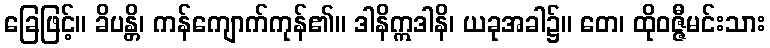
ခြေဖြင့်။ ခိပန္တိ၊ ကန်ကျောက်ကုန်၏။ ဒါနိဣဒါနိ၊ ယခုအခါ၌။ တေ၊ ထိုဝဇ္ဇီမင်းသား